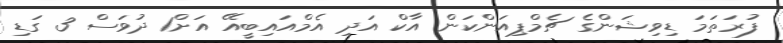
ފުރަތަމަ ޑިވިޝަންގެ ޗެމްޕިއަންކަން އާކް އަދި އެމްއައިބީއޭ އަށް1 ދުވަސް 3 ގަޑި